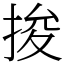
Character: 捘